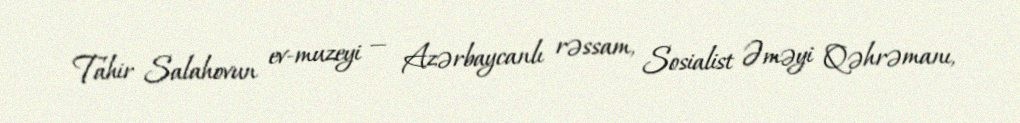
Tahir Salahovun ev-muzeyi — Azərbaycanlı rəssam, Sosialist Əməyi Qəhrəmanı,